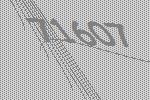
71607